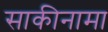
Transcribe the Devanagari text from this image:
साकीनामा